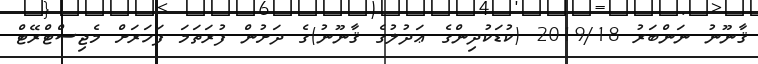
ޤާނޫނު ނަންބަރު 2019/18 (ކުޑަކުދިންގެ ޢަދުލުގެ ޤާނޫނު)ގެ ދަށުން ފުރަތަމަ ފަހަރަށް މެޖިސްޓްރޭޓް